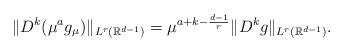
LaTeX: \begin{align*}\|D^k(\mu^a g_\mu)\|_{L^r(\mathbb{R}^{d-1})} = \mu^{a+k-\frac{d-1}{r}}\|D^kg\|_{L^r(\mathbb{R}^{d-1})}.\end{align*}